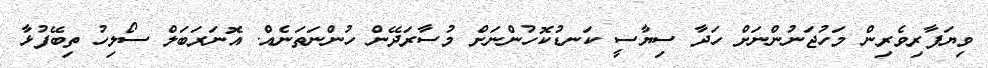
ވިޔަފާރިވެރިން މަހުޖަނުންނަށް ހަދާ ސިޔާސީ ކަނޑުކޮހުންނަށް މުސާރަދޭން ހުންނަތަނެއް. އޮނަރަބަލް ސޯލިހު ތިބޭފުޅާ